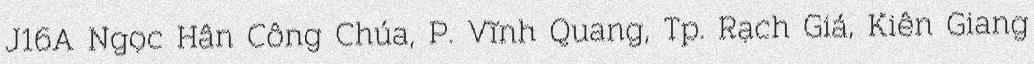
J16A Ngọc Hân Công Chúa, P. Vĩnh Quang, Tp. Rạch Giá, Kiên Giang